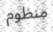
منظوم